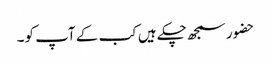
حضور سمجھ چکے ہیں کب کے آپ کو۔